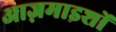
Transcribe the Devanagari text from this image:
आज़माइशों